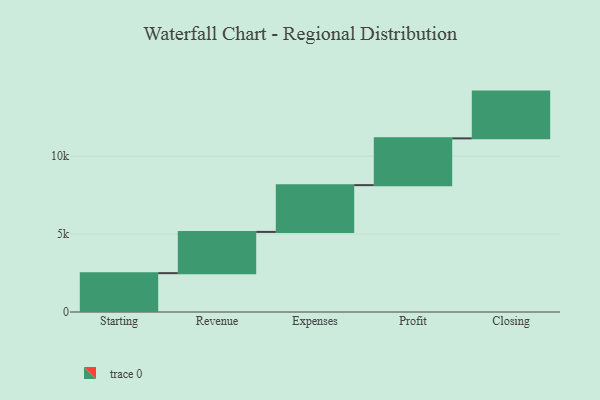
{"axis": {"x": "Step", "y": "Value"}, "legend": [""], "data": [{"x": "Starting", "y": 2492.0, "type": ""}, {"x": "Revenue", "y": 2645.0, "type": ""}, {"x": "Expenses", "y": 3000, "type": ""}, {"x": "Profit", "y": 3000, "type": ""}, {"x": "Closing", "y": 3000, "type": ""}]}